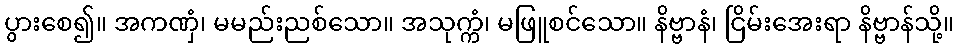
ပွားစေ၍။ အကဏှံ၊ မမည်းညစ်သော။ အသုက္ကံ၊ မဖြူစင်သော။ နိဗ္ဗာနံ၊ ငြိမ်းအေးရာ နိဗ္ဗာန်သို့။